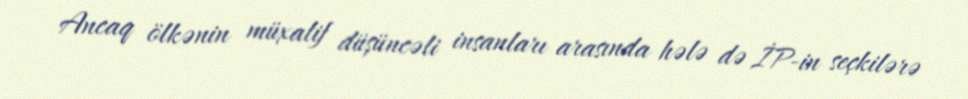
Ancaq ölkənin müxalif düşüncəli insanları arasında hələ də İP-in seçkilərə